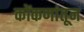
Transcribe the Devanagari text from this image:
कोंकणांतून